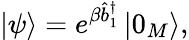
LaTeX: \left\vert\psi\right\rangle=e^{\beta\hat{b}_{1}^{\dagger}}\left\vert 0_{M}\right\rangle,